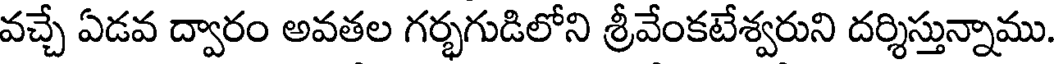
వచ్చే ఏడవ ద్వారం అవతల గర్భగుడిలోని శ్రీవేంకటేశ్వరుని దర్శిస్తున్నాము.